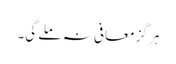
ہر گز معافی نہ ملے گی۔